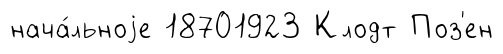
нача́льноjе 18701923 Клодт Поз'ен